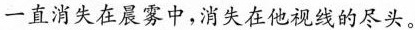
一直消失在晨雾中，消失在他视线的尽头。